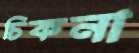
চিকনা